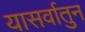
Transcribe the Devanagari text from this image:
यासर्वातुन